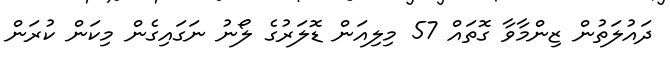
ދައުލަތުން ޒިންމާވާ ގޮތައް 57 މިލިއަން ޑޮލަރުގެ ލޯނު ނަގައިގެން މިކަން ކުރަން